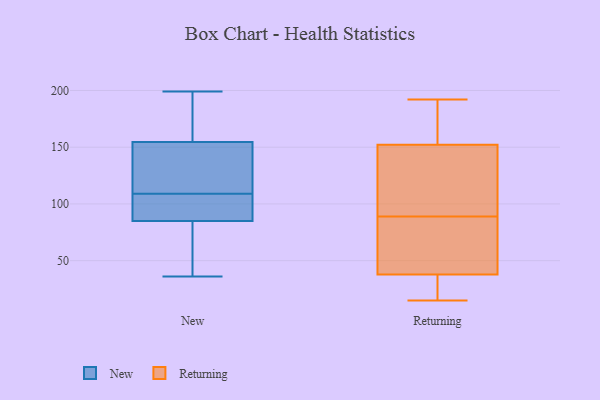
{"axis": {"x": "Waste Production (Tons)", "y": "Value"}, "legend": ["New", "Returning"], "data": [{"x": "", "y": 182, "type": "New"}, {"x": "", "y": 60, "type": "New"}, {"x": "", "y": 98, "type": "New"}, {"x": "", "y": 88, "type": "New"}, {"x": "", "y": 41, "type": "New"}, {"x": "", "y": 110, "type": "New"}, {"x": "", "y": 36, "type": "New"}, {"x": "", "y": 82, "type": "New"}, {"x": "", "y": 182, "type": "New"}, {"x": "", "y": 99, "type": "New"}, {"x": "", "y": 136, "type": "New"}, {"x": "", "y": 199, "type": "New"}, {"x": "", "y": 143, "type": "New"}, {"x": "", "y": 108, "type": "New"}, {"x": "", "y": 139, "type": "New"}, {"x": "", "y": 166, "type": "New"}, {"x": "", "y": 15, "type": "Returning"}, {"x": "", "y": 34, "type": "Returning"}, {"x": "", "y": 171, "type": "Returning"}, {"x": "", "y": 96, "type": "Returning"}, {"x": "", "y": 89, "type": "Returning"}, {"x": "", "y": 111, "type": "Returning"}, {"x": "", "y": 28, "type": "Returning"}, {"x": "", "y": 49, "type": "Returning"}, {"x": "", "y": 192, "type": "Returning"}, {"x": "", "y": 166, "type": "Returning"}, {"x": "", "y": 55, "type": "Returning"}]}